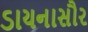
ડાયનાસૌર